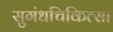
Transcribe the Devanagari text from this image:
सुगंधचिकित्सा